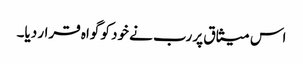
اس میثاق پر رب نے خود کو گواہ قرار دیا۔